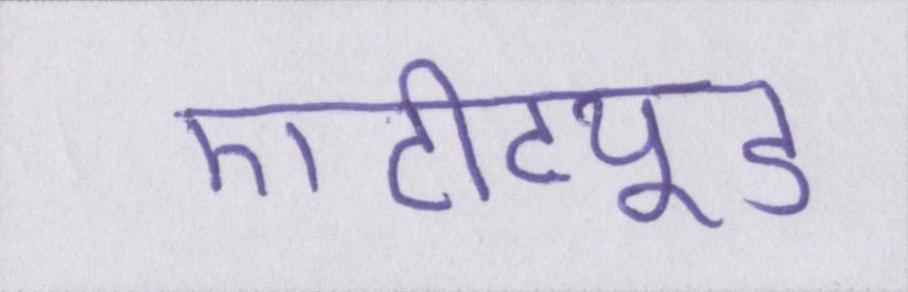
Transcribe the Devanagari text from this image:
एटीट्यूड